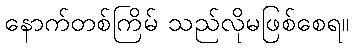
နောက်တစ်ကြိမ် သည်လိုမဖြစ်စေရ။